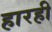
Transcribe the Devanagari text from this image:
हारही